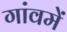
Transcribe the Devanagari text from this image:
गांवमें